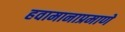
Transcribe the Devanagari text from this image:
हवामानाप्रमाणे